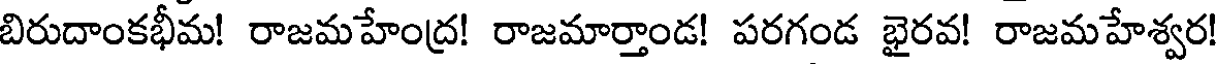
బిరుదాంకభీమ! రాజమహేంద్ర! రాజమార్తాండ! పరగండ భైరవ! రాజమహేశ్వర!